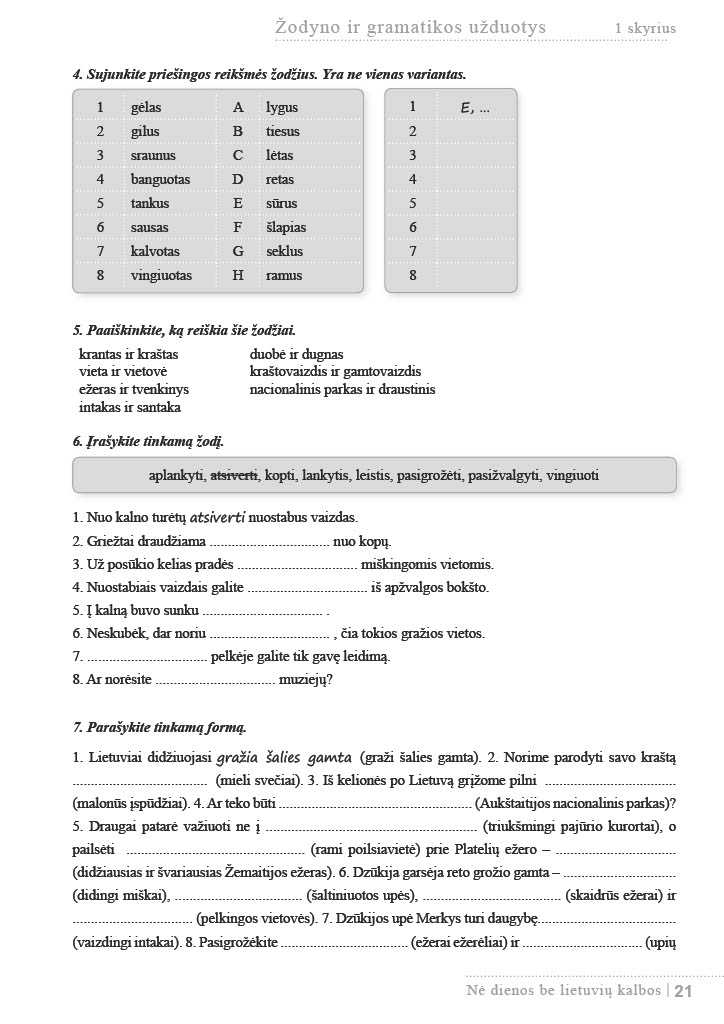
Language: lt